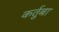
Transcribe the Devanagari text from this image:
कर्तुबा